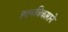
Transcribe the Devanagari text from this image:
ह्दयविकाराने